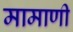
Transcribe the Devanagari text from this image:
मामाणी